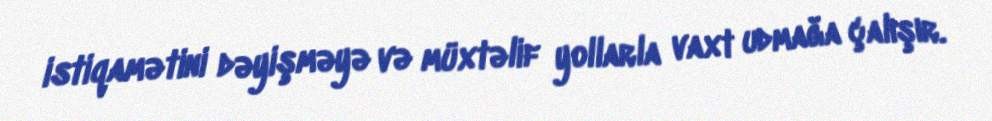
istiqamətini dəyişməyə və müxtəlif yollarla vaxt udmağa çalışır.